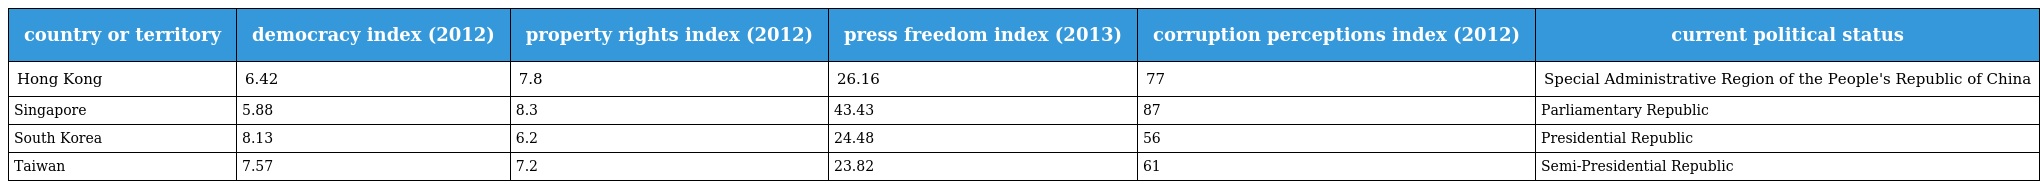
| country or territory | democracy index (2012) | property rights index (2012) | press freedom index (2013) | corruption perceptions index (2012) | current political status |
 | --- | --- | --- | --- | --- | --- |
 | Hong Kong | 6.42 | 7.8 | 26.16 | 77 | Special Administrative Region of the People's Republic of China |
 | Singapore | 5.88 | 8.3 | 43.43 | 87 | Parliamentary Republic |
 | South Korea | 8.13 | 6.2 | 24.48 | 56 | Presidential Republic |
 | Taiwan | 7.57 | 7.2 | 23.82 | 61 | Semi-Presidential Republic |